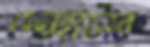
দেবহাটার